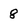
Character: 8